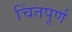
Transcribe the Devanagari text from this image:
चिंतपूर्ण